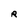
Character: R